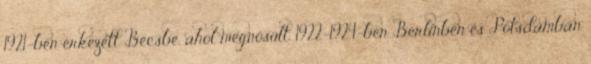
1921-ben érkezett Bécsbe, ahol megnősült. 1922–1924-ben Berlinben és Potsdamban